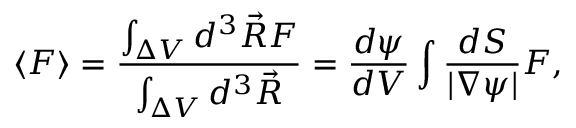
\langle F \rangle = \frac { \int _ { \Delta V } d ^ { 3 } \Vec { R } F } { \int _ { \Delta V } d ^ { 3 } \Vec { R } } = \frac { d \psi } { d V } \int \frac { d S } { | \nabla \psi | } F ,